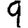
Digit: 9